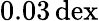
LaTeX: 0.03\, \mathrm{dex}